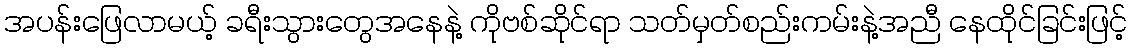
အပန်းဖြေလာမယ့် ခရီးသွားတွေအနေနဲ့ ကိုဗစ်ဆိုင်ရာ သတ်မှတ်စည်းကမ်းနဲ့အညီ နေထိုင်ခြင်းဖြင့်